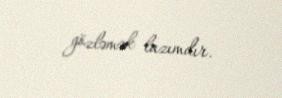
gözləmək lazımdır.